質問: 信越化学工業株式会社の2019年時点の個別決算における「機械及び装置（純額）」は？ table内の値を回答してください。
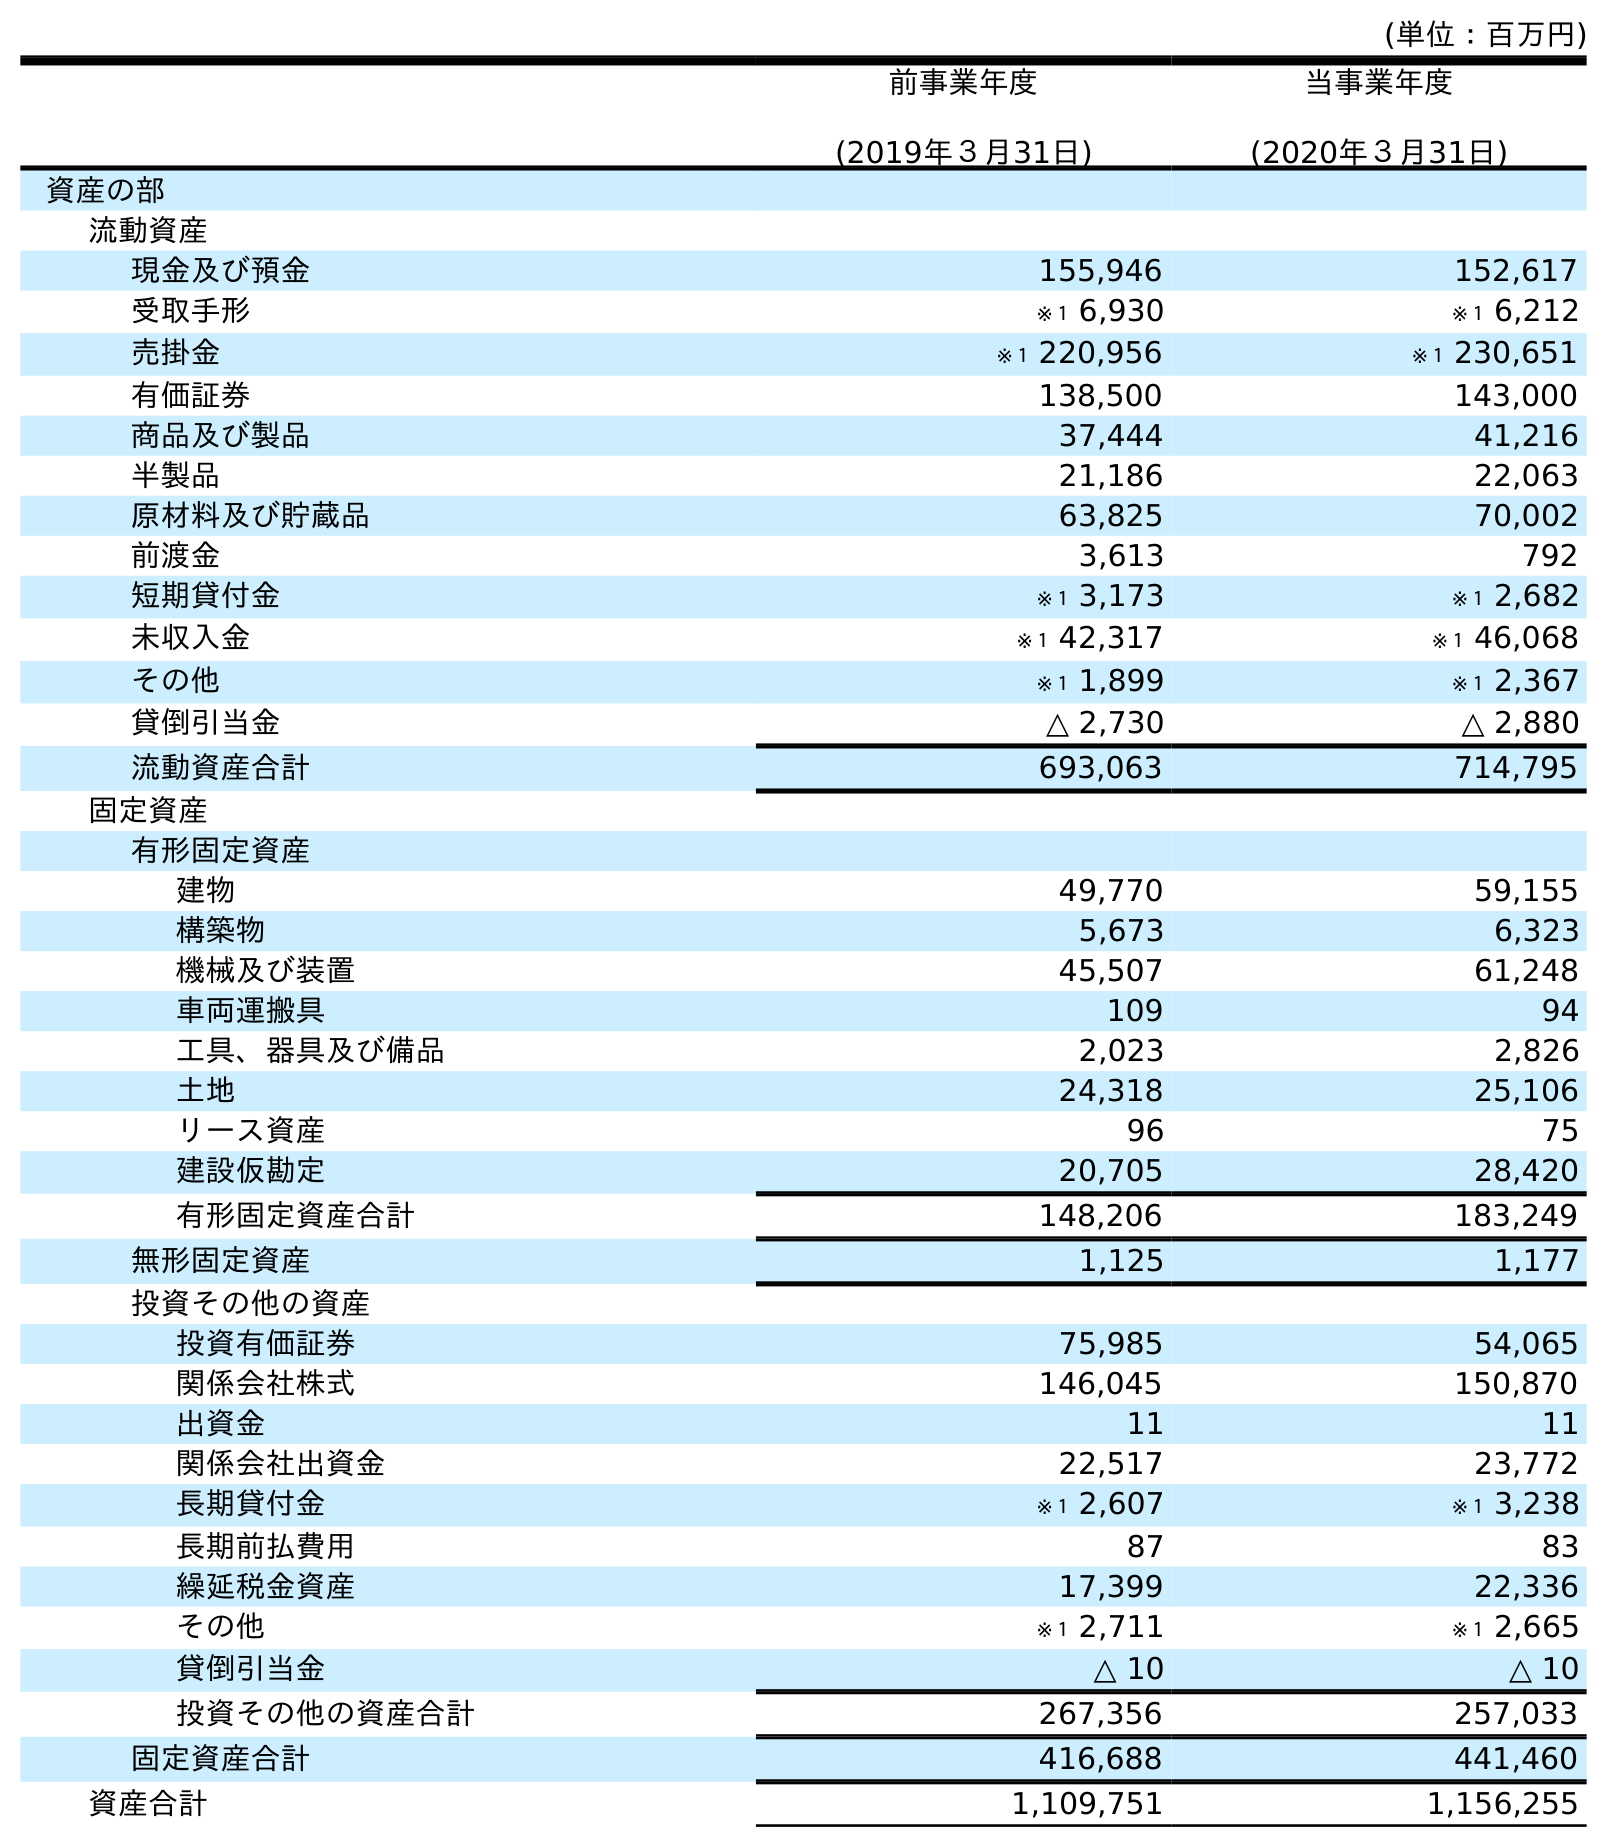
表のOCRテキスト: (単位：百万円) 前事業年度 (2019年３月31日) 当事業年度 (2020年３月31日) 資産の部 流動資産 現金及び預金 155,946 152,617 受取手形 ※１ 6,930 ※１ 6,212 売掛金 ※１ 220,956 ※１ 230,651 有価証券 138,500 143,000 商品及び製品 37,444 41,216 半製品 21,186 22,063 原材料及び貯蔵品 63,825 70,002 前渡金 3,613 792 短期貸付金 ※１ 3,173 ※１ 2,682 未収入金 ※１ 42,317 ※１ 46,068 その他 ※１ 1,899 ※１ 2,367 貸倒引当金 △ 2,730 △ 2,880 流動資産合計 693,063 714,795 固定資産 有形固定資産 建物 49,770 59,155 構築物 5,673 6,323 機械及び装置 45,507 61,248 車両運搬具 109 94 工具、器具及び備品 2,023 2,826 土地 24,318 25,106 リース資産 96 75 建設仮勘定 20,705 28,420 有形固定資産合計 148,206 183,249 無形固定資産 1,125 1,177 投資その他の資産 投資有価証券 75,985 54,065 関係会社株式 146,045 150,870 出資金 11 11 関係会社出資金 22,517 23,772 長期貸付金 ※１ 2,607 ※１ 3,238 長期前払費用 87 83 繰延税金資産 17,399 22,336 その他 ※１ 2,711 ※１ 2,665 貸倒引当金 △ 10 △ 10 投資その他の資産合計 267,356 257,033 固定資産合計 416,688 441,460 資産合計 1,109,751 1,156,255
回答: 45,507